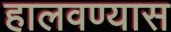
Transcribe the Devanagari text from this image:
हालवण्यास